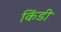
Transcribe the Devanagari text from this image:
किंडी